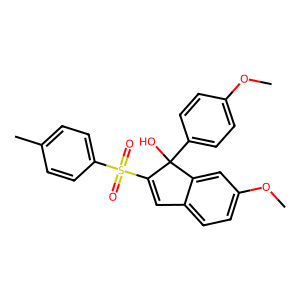
SMILES: COc1ccc(C2(O)C(S(=O)(=O)c3ccc(C)cc3)=Cc3ccc(OC)cc32)cc1
Inhibits HIV replication: No